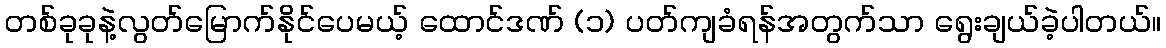
တစ်ခုခုနဲ့လွတ်မြောက်နိုင်ပေမယ့် ထောင်ဒဏ် (၁) ပတ်ကျခံရန်အတွက်သာ ရွေးချယ်ခဲ့ပါတယ်။